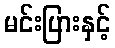
မင်းပြားနှင့်